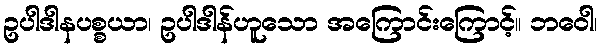
ဥပါဒါနပစ္စယာ၊ ဥပါဒါန်ဟူသော အကြောင်းကြောင့်။ ဘဝေါ၊